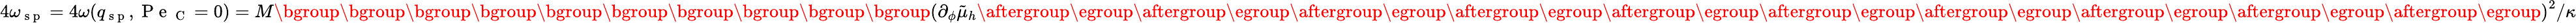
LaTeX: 4\omega_{\mathrm{~s~p~}}=4\omega(q_{\mathrm{~s~p~}},\mathrm{~P~e~}_{\mathrm{~C~}}=0)=M\mathopen{}\mathclose\bgroup\mathopen{}\mathclose\bgroup\mathopen{}\mathclose\bgroup\mathopen{}\mathclose\bgroup\mathopen{}\mathclose\bgroup\mathopen{}\mathclose\bgroup\mathopen{}\mathclose\bgroup\mathopen{}\mathclose\bgroup\mathopen{}\mathclose\bgroup\mathopen{}\mathclose\bgroup\left(\partial_{\phi}\tilde{\mu}_{h}\aftergroup\egroup\aftergroup\egroup\aftergroup\egroup\aftergroup\egroup\aftergroup\egroup\aftergroup\egroup\aftergroup\egroup\aftergroup\egroup\aftergroup\egroup\aftergroup\egroup\right)^{2}/\kappa